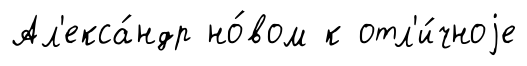
Ал'екса́ндр но́вом к отл'и́чноjе